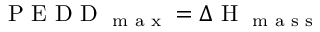
\textrm { P E D D } _ { \textrm { m a x } } = \Delta \textrm { H } _ { \textrm { m a s s } }